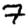
Digit: 7